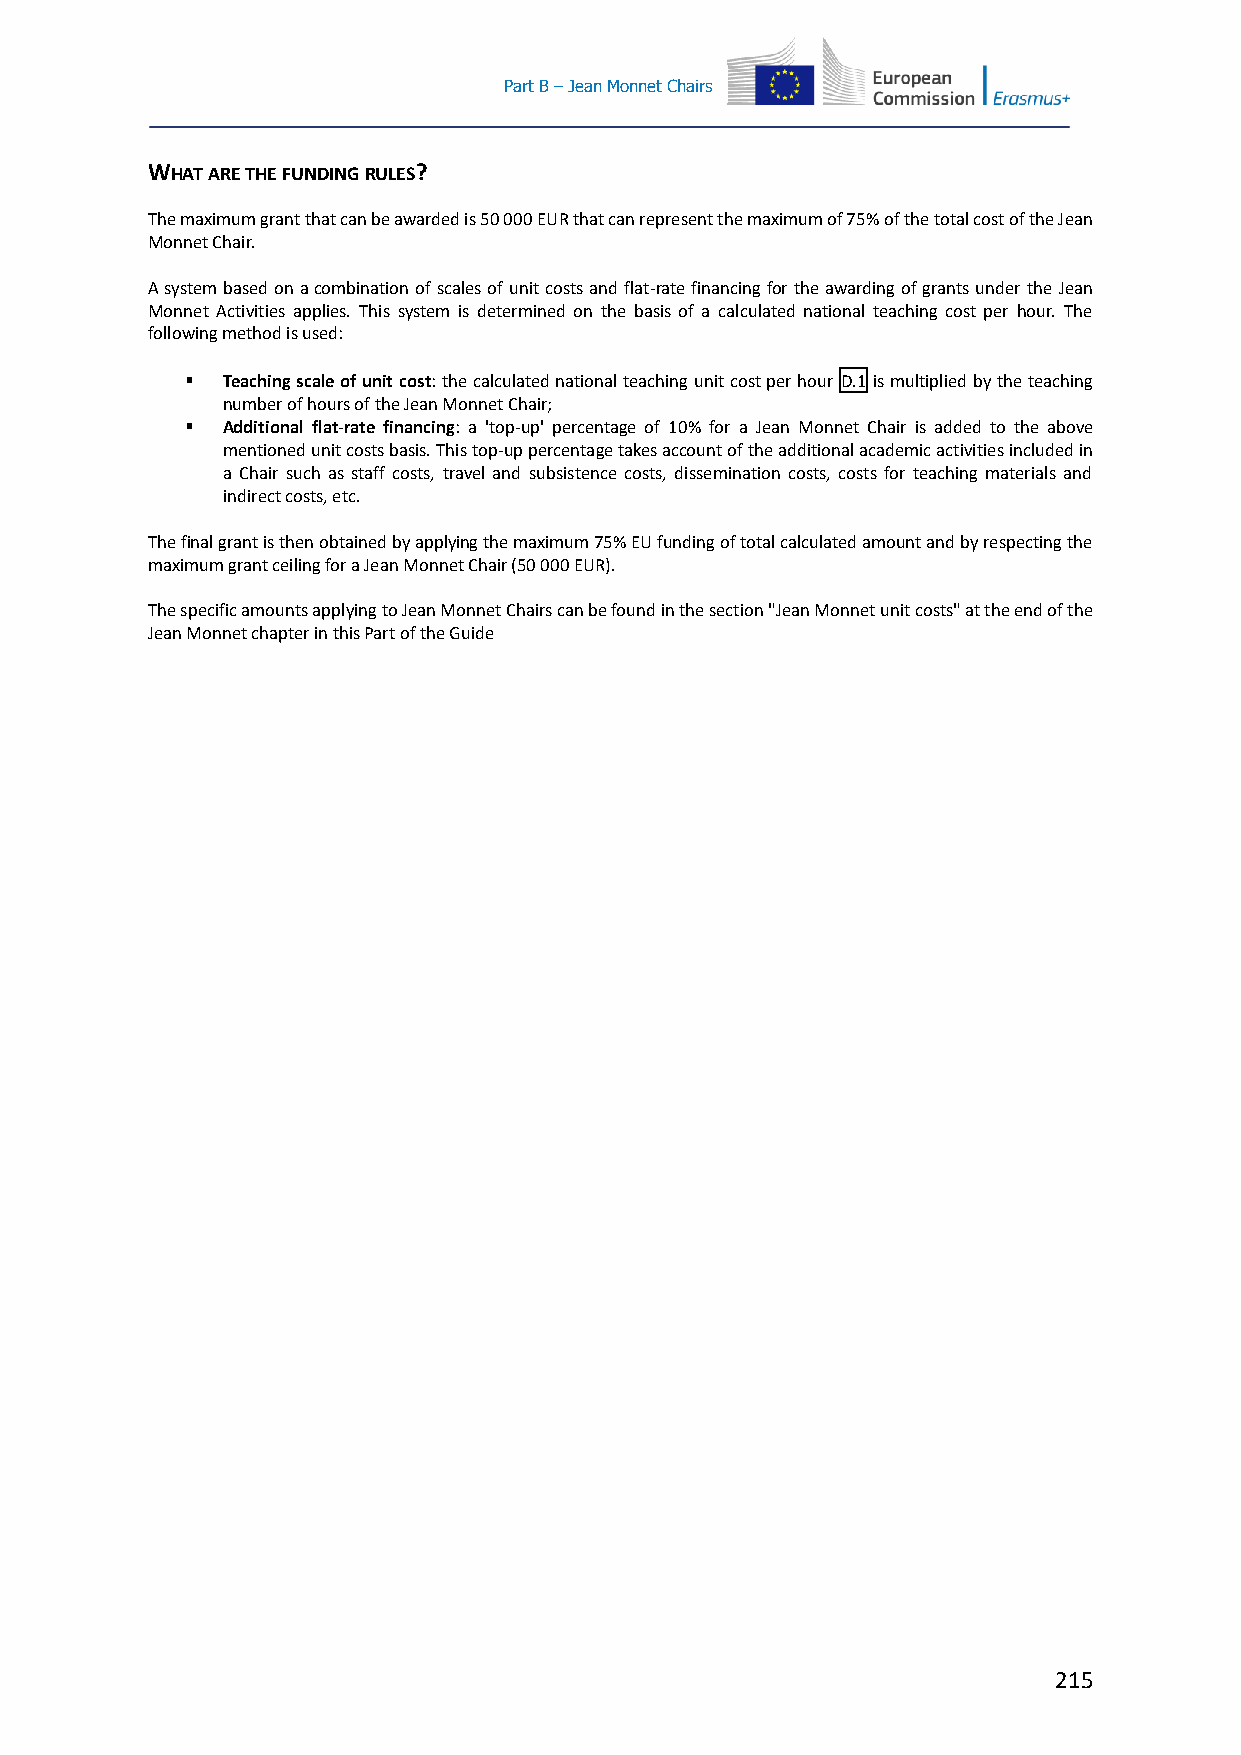
Part B – Jean Monnet Chairs
 WHAT ARE THE FUNDING RULES?
 The maximum grant that can be awarded is 50 000 EUR that can represent the maximum of 75% of the total cost of the Jean
 Monnet Chair.
 A system based on a combination of scales of unit costs and flat-rate financing for the awarding of grants under the Jean
 Monnet Activities applies. This system is determined on the basis of a calculated national teaching cost per hour. The
 following method is used:
   Teaching scale of unit cost: the calculated national teaching unit cost per hour D.1 is multiplied by the teaching
 number of hours of the Jean Monnet Chair;
   Additional flat-rate financing: a 'top-up' percentage of 10% for a Jean Monnet Chair is added to the above
 mentioned unit costs basis. This top-up percentage takes account of the additional academic activities included in
 a Chair such as staff costs, travel and subsistence costs, dissemination costs, costs for teaching materials and
 indirect costs, etc.
 The final grant is then obtained by applying the maximum 75% EU funding of total calculated amount and by respecting the
 maximum grant ceiling for a Jean Monnet Chair (50 000 EUR).
 The specific amounts applying to Jean Monnet Chairs can be found in the section "Jean Monnet unit costs" at the end of the
 Jean Monnet chapter in this Part of the Guide
 215